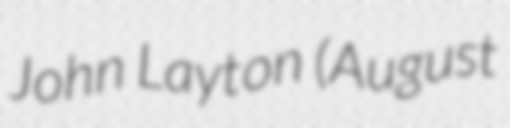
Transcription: John Layton (August